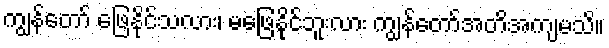
ကျွန်တော် ဖြေနိုင်သလား၊ မဖြေနိုင်ဘူးလား ကျွန်တော်အတိအကျမသိ။